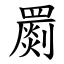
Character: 罽